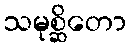
သမုစ္ဆိတော